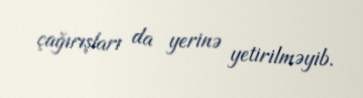
çağırışları da yerinə yetirilməyib.